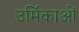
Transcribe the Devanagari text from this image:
उर्मिकाओं